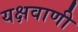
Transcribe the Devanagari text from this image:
यक्षवाणी